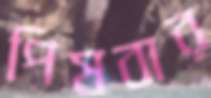
পিষবার